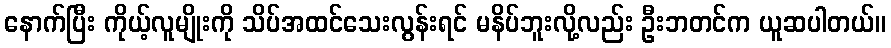
နောက်ပြီး ကိုယ့်လူမျိုးကို သိပ်အထင်သေးလွန်းရင် မနိပ်ဘူးလို့လည်း ဦးဘတင်က ယူဆပါတယ်။